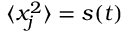
\langle x _ { j } ^ { 2 } \rangle = s ( t )